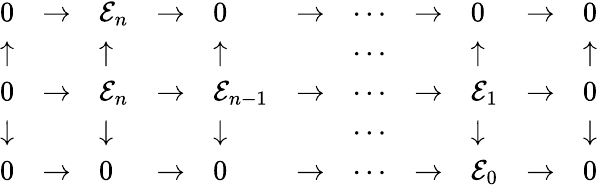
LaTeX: {\begin{array}{lllllllllll}{0}&{\to}&{{\mathcal{E}}_{n}}&{\to}&{0}&{\to}&{\cdots}&{\to}&{0}&{\to}&{0}\\ {\uparrow}&&{\uparrow}&&{\uparrow}&&{\cdots}&&{\uparrow}&&{\uparrow}\\ {0}&{\to}&{{\mathcal{E}}_{n}}&{\to}&{{\mathcal{E}}_{n-1}}&{\to}&{\cdots}&{\to}&{{\mathcal{E}}_{1}}&{\to}&{0}\\ {\downarrow}&&{\downarrow}&&{\downarrow}&&{\cdots}&&{\downarrow}&&{\downarrow}\\ {0}&{\to}&{0}&{\to}&{0}&{\to}&{\cdots}&{\to}&{{\mathcal{E}}_{0}}&{\to}&{0}\end{array}}